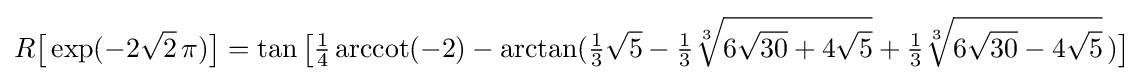
R{\bigl [}\exp(-2{\sqrt {2}}\,\pi ){\bigr ]}=\tan {\bigl [}{\tfrac {1}{4}}\operatorname {arccot} (-2)-\arctan({\tfrac {1}{3}}{\sqrt {5}}-{\tfrac {1}{3}}{\sqrt[{3}]{6{\sqrt {30}}+4{\sqrt {5}}}}+{\tfrac {1}{3}}{\sqrt[{3}]{6{\sqrt {30}}-4{\sqrt {5}}}}\,){\bigr ]}